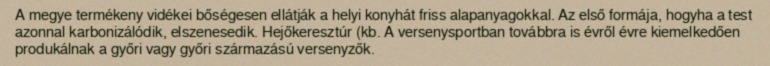
A megye termékeny vidékei bőségesen ellátják a helyi konyhát friss alapanyagokkal. Az első formája, hogyha a test azonnal karbonizálódik, elszenesedik. Hejőkeresztúr (kb. A versenysportban továbbra is évről évre kiemelkedően produkálnak a győri vagy győri származású versenyzők.